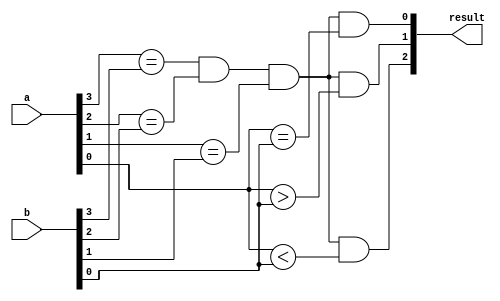
module comparator(input [3:0] a, input [3:0] b, output [2:0] result);

assign result[0] = (a[3] == b[3]) & (a[2] == b[2]) & (a[1] == b[1]) & (a[0] == b[0]); // equal
assign result[1] = (a[3] == b[3]) & (a[2] == b[2]) & (a[1] == b[1]) & (a[0] > b[0]); // greater than
assign result[2] = (a[3] == b[3]) & (a[2] == b[2]) & (a[1] == b[1]) & (a[0] < b[0]); // less than

endmodule